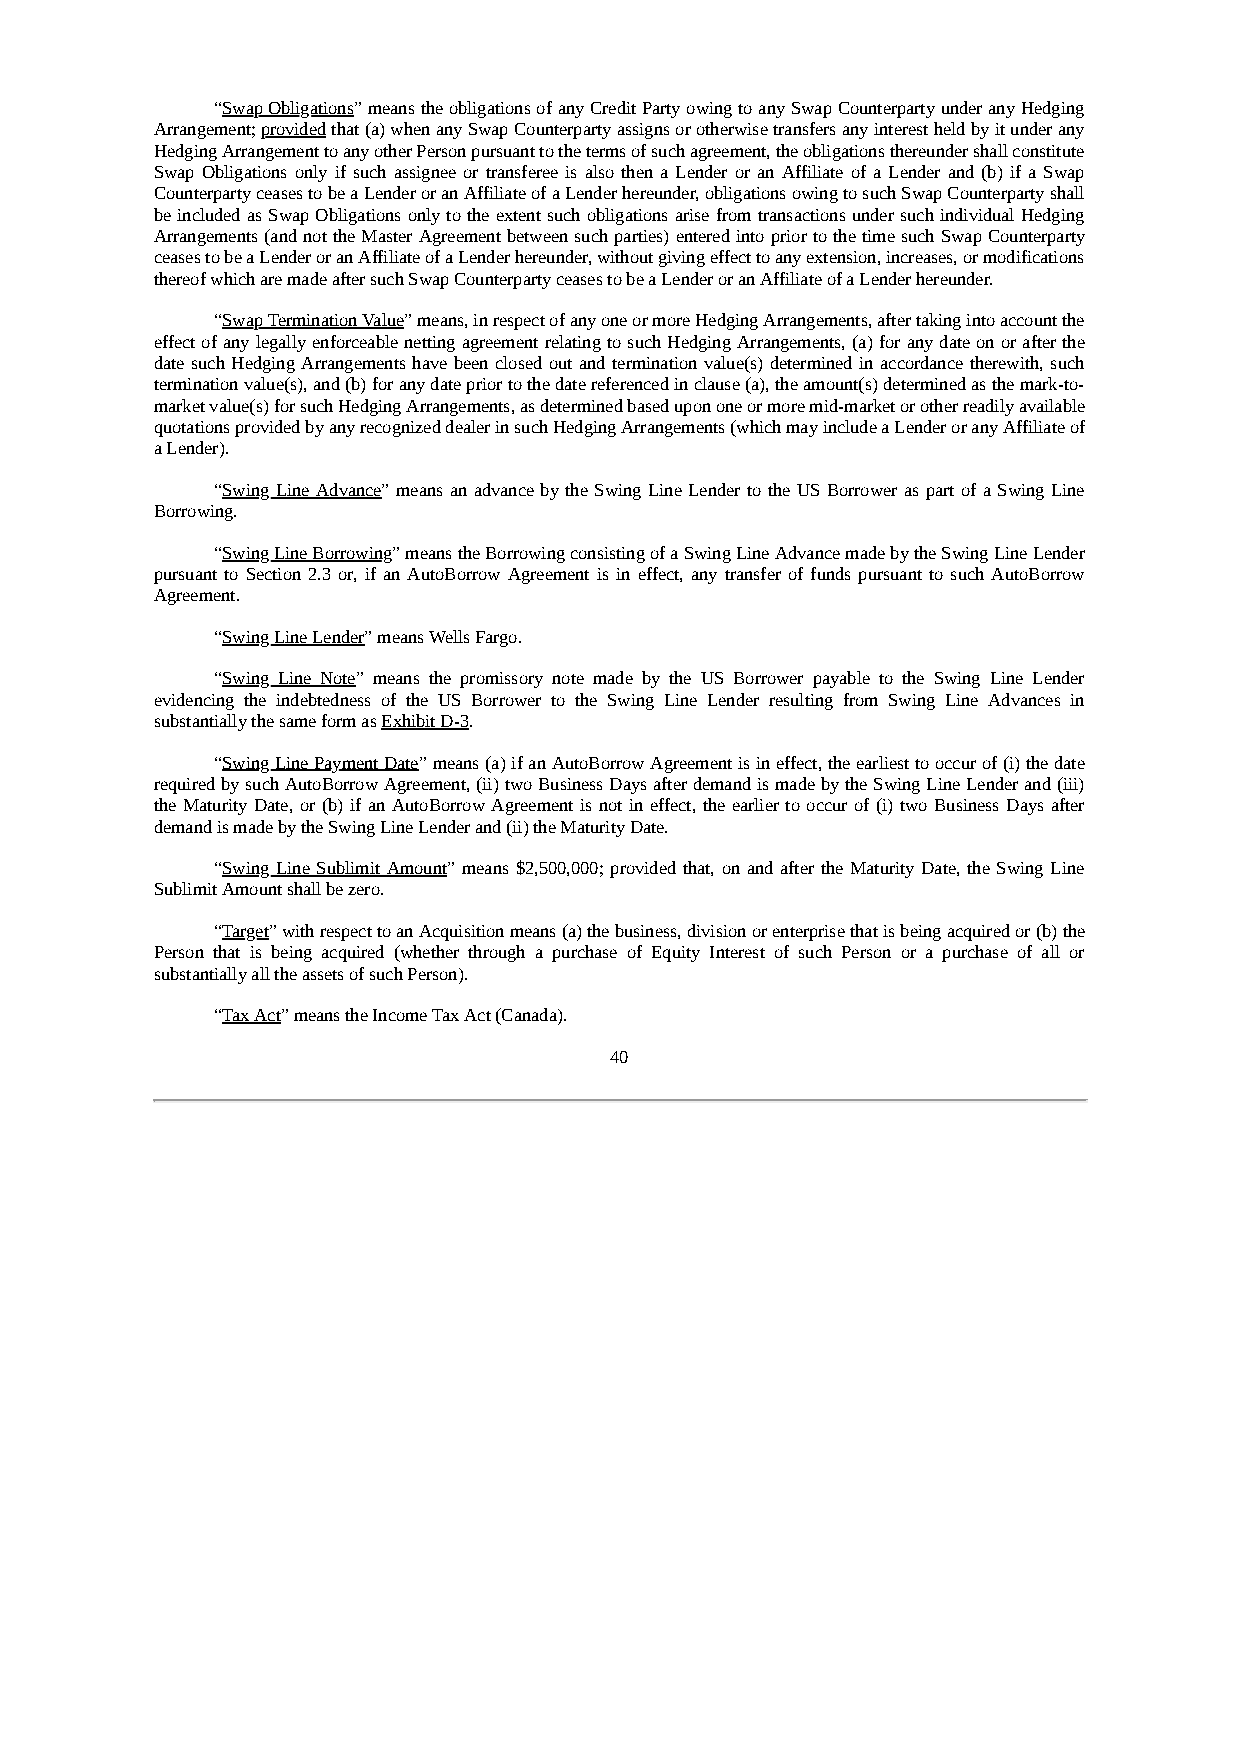
“Swap Obligations” means the obligations of any Credit Party owing to any Swap Counterparty under any Hedging
 Arrangement; provided that (a) when any Swap Counterparty assigns or otherwise transfers any interest held by it under any
 Hedging Arrangement to any other Person pursuant to the terms of such agreement, the obligations thereunder shall constitute
 Swap Obligations only if such assignee or transferee is also then a Lender or an Affiliate of a Lender and (b) if a Swap
 Counterparty ceases to be a Lender or an Affiliate of a Lender hereunder, obligations owing to such Swap Counterparty shall
 be included as Swap Obligations only to the extent such obligations arise from transactions under such individual Hedging
 Arrangements (and not the Master Agreement between such parties) entered into prior to the time such Swap Counterparty
 ceases to be a Lender or an Affiliate of a Lender hereunder, without giving effect to any extension, increases, or modifications
 thereof which are made after such Swap Counterparty ceases to be a Lender or an Affiliate of a Lender hereunder.
 “Swap Termination Value” means, in respect of any one or more Hedging Arrangements, after taking into account the
 effect of any legally enforceable netting agreement relating to such Hedging Arrangements, (a) for any date on or after the
 date such Hedging Arrangements have been closed out and termination value(s) determined in accordance therewith, such
 termination value(s), and (b) for any date prior to the date referenced in clause (a), the amount(s) determined as the mark-to-
 market value(s) for such Hedging Arrangements, as determined based upon one or more mid-market or other readily available
 quotations provided by any recognized dealer in such Hedging Arrangements (which may include a Lender or any Affiliate of
 a Lender).
 “Swing Line Advance” means an advance by the Swing Line Lender to the US Borrower as part of a Swing Line
 Borrowing.
 “Swing Line Borrowing” means the Borrowing consisting of a Swing Line Advance made by the Swing Line Lender
 pursuant to Section 2.3 or, if an AutoBorrow Agreement is in effect, any transfer of funds pursuant to such AutoBorrow
 Agreement.
 “Swing Line Lender” means Wells Fargo.
 “Swing Line Note” means the promissory note made by the US Borrower payable to the Swing Line Lender
 evidencing the indebtedness of the US Borrower to the Swing Line Lender resulting from Swing Line Advances in
 substantially the same form as Exhibit D-3.
 “Swing Line Payment Date” means (a) if an AutoBorrow Agreement is in effect, the earliest to occur of (i) the date
 required by such AutoBorrow Agreement, (ii) two Business Days after demand is made by the Swing Line Lender and (iii)
 the Maturity Date, or (b) if an AutoBorrow Agreement is not in effect, the earlier to occur of (i) two Business Days after
 demand is made by the Swing Line Lender and (ii) the Maturity Date.
 “Swing Line Sublimit Amount” means $2,500,000; provided that, on and after the Maturity Date, the Swing Line
 Sublimit Amount shall be zero.
 “Target” with respect to an Acquisition means (a) the business, division or enterprise that is being acquired or (b) the
 Person that is being acquired (whether through a purchase of Equity Interest of such Person or a purchase of all or
 substantially all the assets of such Person).
 “Tax Act” means the Income Tax Act (Canada).
 40